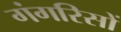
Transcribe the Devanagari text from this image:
गंगरिसों